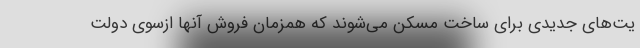
یت‌های جدیدی برای ساخت مسکن می‌شوند که همزمان فروش آنها ازسوی دولت